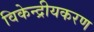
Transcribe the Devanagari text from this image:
विकेन्द्रीयकरण